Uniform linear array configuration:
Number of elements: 32
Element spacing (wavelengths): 0.25
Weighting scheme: binomial
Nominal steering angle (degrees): -15
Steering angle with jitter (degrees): -14.408
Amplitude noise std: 0.05
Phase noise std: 0.05

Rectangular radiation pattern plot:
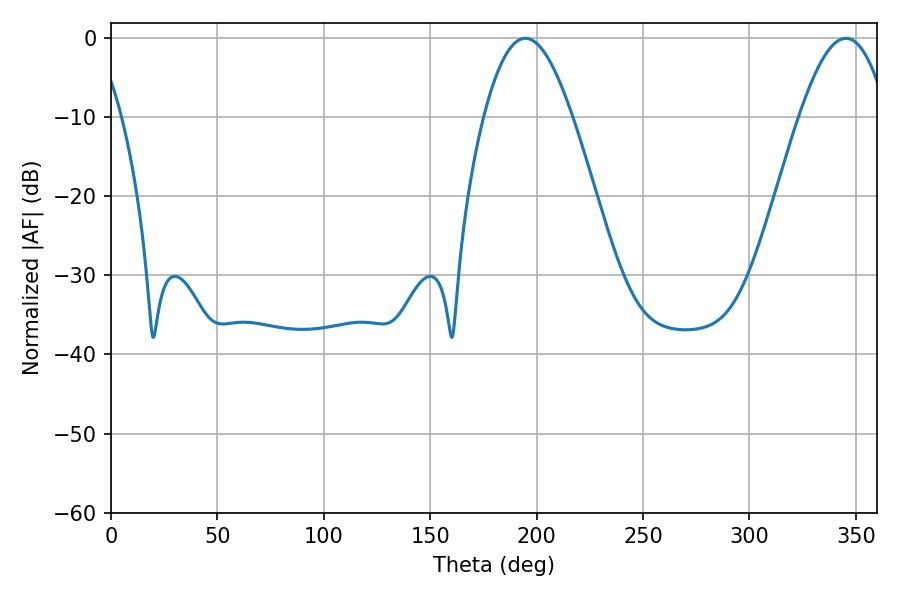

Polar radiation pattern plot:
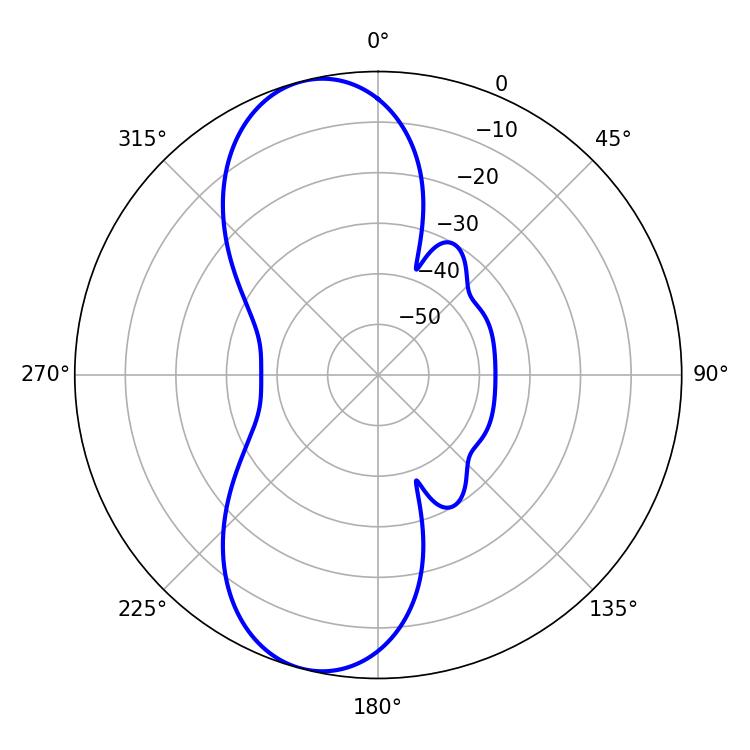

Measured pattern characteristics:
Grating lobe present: FALSE
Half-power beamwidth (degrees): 22.5
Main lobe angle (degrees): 194.76